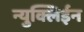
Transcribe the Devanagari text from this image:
न्युक्लिईन